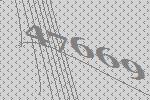
47669